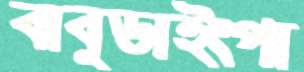
বাবুডাইংপা